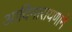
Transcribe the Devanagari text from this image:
आदिनारायणाने